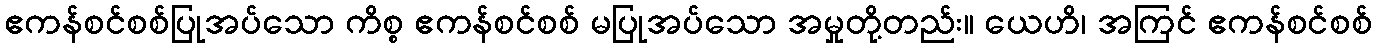
ဧကန်စင်စစ်ပြုအပ်သော ကိစ္စ ဧကန်စင်စစ် မပြုအပ်သော အမှုတို့တည်း။ ယေဟိ၊ အကြင် ဧကန်စင်စစ်